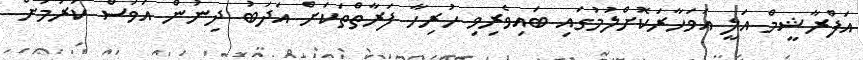
އަފްރާޝީމް އަލީ އަވަހާރަކޮށްލުމުގައި ބައިވެރިވި ހުރިހާ ފަރާތްތަކަށް އަދަބު ދިނުން އަވަސް ކުރުމަށް